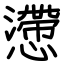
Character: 懘